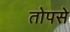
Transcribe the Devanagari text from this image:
तोपसे